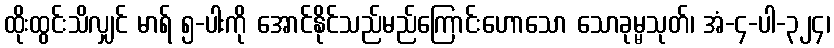
ထိုးထွင်းသိလျှင် မာရ် ၅-ပါးကို အောင်နိုင်သည်မည်ကြောင်းဟောသော သောခုမ္မသုတ်၊ အံ-၄-ပါ-၃၂၄၊